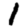
Digit: 1